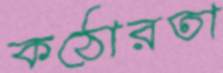
কঠোরতা